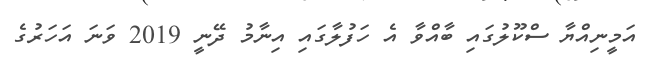
އަމީނިއްޔާ ސްކޫލުގައި ބާއްވާ އެ ހަފުލާގައި އިނާމު ދޭނީ 2019 ވަނަ އަހަރުގެ